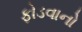
ફોડવાનો